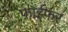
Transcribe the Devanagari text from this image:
फाईफर